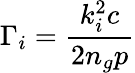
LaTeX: \Gamma_{i}=\frac{k_{i}^{2}c}{2n_{g}p}